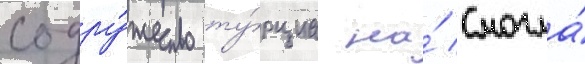
содру́жество ту́рциа на́ смогла́